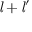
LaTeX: { \mathit { l } } + { \mathit { l } } ^ { \prime }